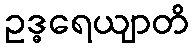
ဥဒ္ဓရေယျာတိ